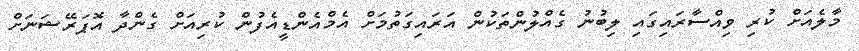
މާލެއަށް ކުރި ވިއްސާރައިގައި ލިބުނު ގެއްލުންތަކުން އަރައިގަތުމަށް އެމްއެންޑީއެފުން ކުރިއަށް ގެންދާ އޮޕަރޭޝަނަށް